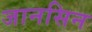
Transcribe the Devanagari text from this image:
जानसिन